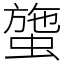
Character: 䗐